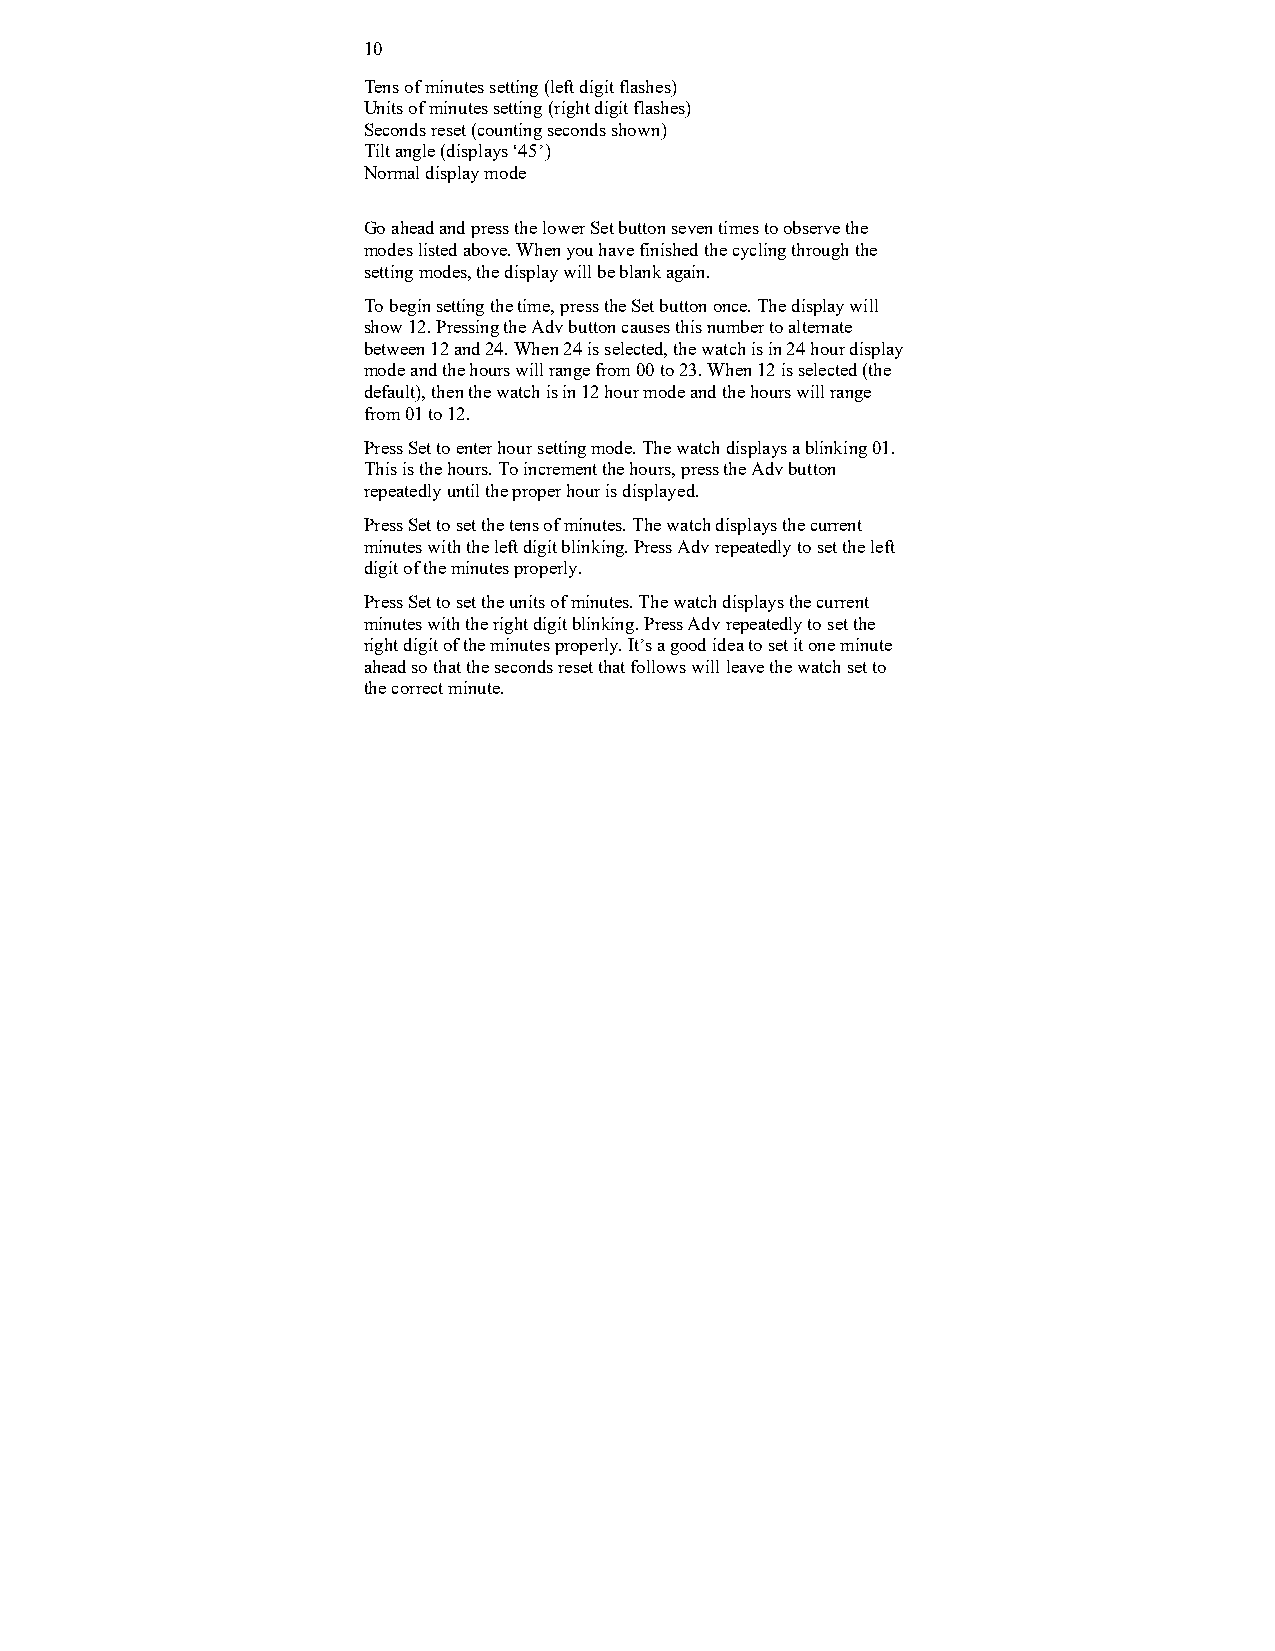
10
 Tens of minutes setting (left digit flashes)
 Units of minutes setting (right digit flashes)
 Seconds reset (counting seconds shown)
 Tilt angle (displays ‘45’)
 Normal display mode
 Go ahead and press the lower Set button seven times to observe the
 modes listed above. When you have finished the cycling through the
 setting modes, the display will be blank again.
 To begin setting the time, press the Set button once. The display will
 show 12. Pressing the Adv button causes this number to alternate
 between 12 and 24. When 24 is selected, the watch is in 24 hour display
 mode and the hours will range from 00 to 23. When 12 is selected (the
 default), then the watch is in 12 hour mode and the hours will range
 from 01 to 12.
 Press Set to enter hour setting mode. The watch displays a blinking 01.
 This is the hours. To increment the hours, press the Adv button
 repeatedly until the proper hour is displayed.
 Press Set to set the tens of minutes. The watch displays the current
 minutes with the left digit blinking. Press Adv repeatedly to set the left
 digit of the minutes properly.
 Press Set to set the units of minutes. The watch displays the current
 minutes with the right digit blinking. Press Adv repeatedly to set the
 right digit of the minutes properly. It’s a good idea to set it one minute
 ahead so that the seconds reset that follows will leave the watch set to
 the correct minute.